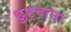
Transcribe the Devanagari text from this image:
छुड़वाना